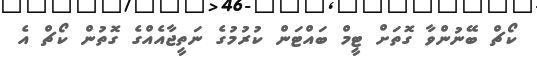
ކޯޗް ބޭނުންވާ ގޮތަށް ޓީމް ބައްޓަން ކުރުމުގެ ނަތީޖާއެއްގެ ގޮތުން ކޯޗް އެ